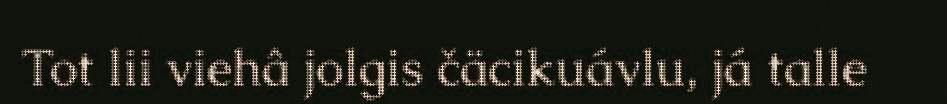
Tot lii viehâ jolgis čäcikuávlu, já talle